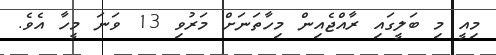
މިއީ މި ބަލީގައި ރާއްޖެއިން މިހާތަނަށް މަރުވި 13 ވަނަ މީހާ އެވެ.